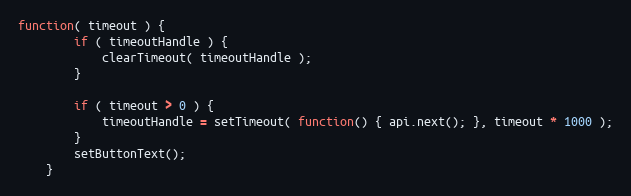
Language: JavaScript
function( timeout ) {
        if ( timeoutHandle ) {
            clearTimeout( timeoutHandle );
        }

        if ( timeout > 0 ) {
            timeoutHandle = setTimeout( function() { api.next(); }, timeout * 1000 );
        }
        setButtonText();
    }